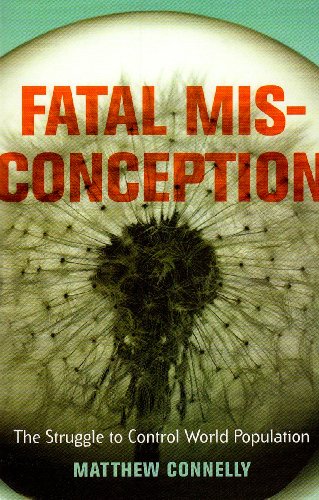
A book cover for Fatal Misconception: The Struggle to Control World Population; Matthew Connelly; Politics & Social Sciences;